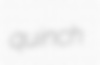
quinch